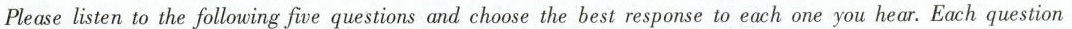
Please listen to the following fwe questions and choose the best response to each one you hear. Each question